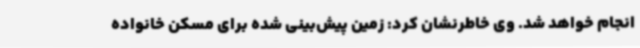
انجام خواهد شد. وی خاطرنشان کرد: زمین پیش‌بینی شده برای مسکن خانواده